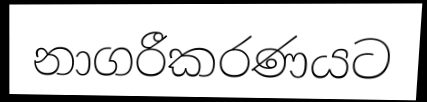
නාගරීකරණයට